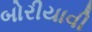
બોરીયાવી